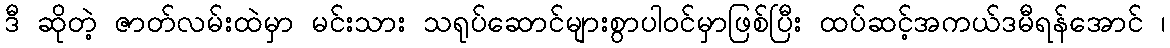
ဒီ ဆိုတဲ့ ဇာတ်လမ်းထဲမှာ မင်းသား သရုပ်ဆောင်များစွာပါဝင်မှာဖြစ်ပြီး ထပ်ဆင့်အကယ်ဒမီရန်အောင် ၊